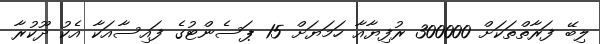
ލިބޭ ފަރާތްތަކަށް 300000 ރުފިޔާއާ ހަމަޔަށް 15 ޕަސެންޓުގެ ފައިސާއަކާ އެކު ދޫކުރާ